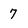
Character: 7